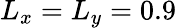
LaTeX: L_{x}=L_{y}=0.9